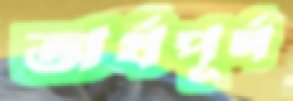
অর্থপূর্ণ